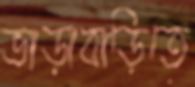
ভাড়াবাড়িতে